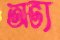
অভ্য